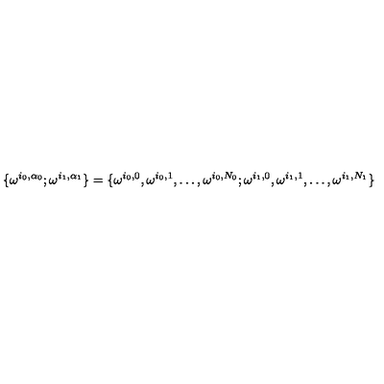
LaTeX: \{ \omega ^ { i _ { 0 } , \alpha _ { 0 } } ; \omega ^ { i _ { 1 } , \alpha _ { 1 } } \} = \{ \omega ^ { i _ { 0 } , 0 } , \omega ^ { i _ { 0 } , 1 } , \ldots , \omega ^ { i _ { 0 } , N _ { 0 } } ; \omega ^ { i _ { 1 } , 0 } , \omega ^ { i _ { 1 } , 1 } , \ldots , \omega ^ { i _ { 1 } , N _ { 1 } } \}